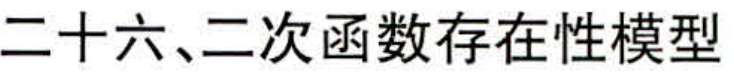
二十六、二次函数存在性模型